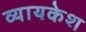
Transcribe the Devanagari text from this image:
व्यायकेश